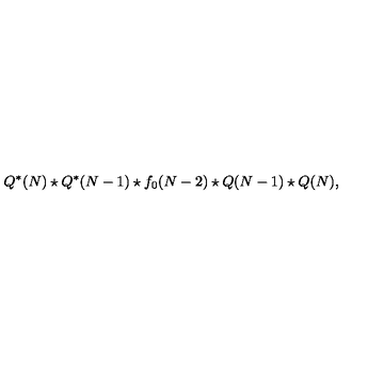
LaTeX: Q ^ { * } ( N ) \star Q ^ { * } ( N - 1 ) \star f _ { 0 } ( N - 2 ) \star Q ( N - 1 ) \star Q ( N ) ,